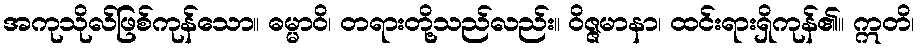
အကုသိုလ်ဖြစ်ကုန်သော။ ဓမ္မာဝိ၊ တရားတို့သည်လည်း။ ဝိဇ္ဇမာနာ၊ ထင်းရားရှိကုန်၏။ ဣတိ၊